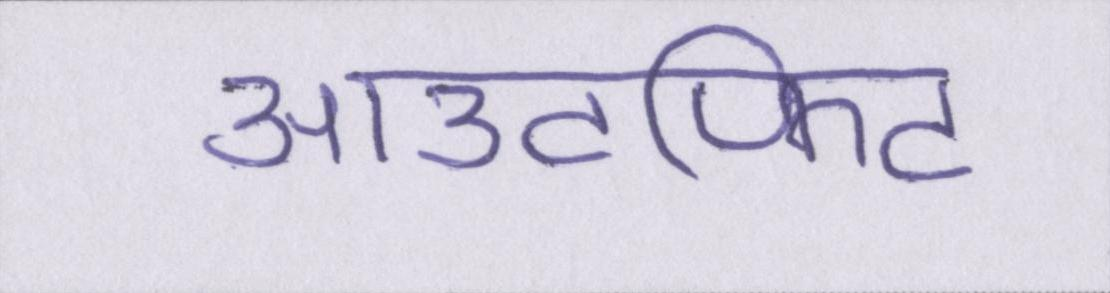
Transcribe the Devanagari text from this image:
आउटफिट